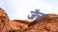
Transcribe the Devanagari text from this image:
जॅचा